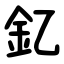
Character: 釔